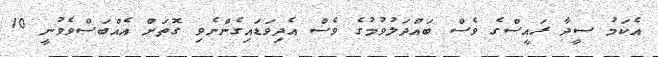
އެކަމު ސީދާ ރައީސްގެ ވެސް ބައްދަލުވުމުގެ ވެސް އެދިވަޑައިގެންނެވި ގޮތަށް އެއްބަސްވެވުނީ 10